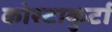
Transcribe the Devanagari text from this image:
कोस्टाकुर्टा